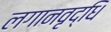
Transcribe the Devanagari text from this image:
लगानवृद्धि